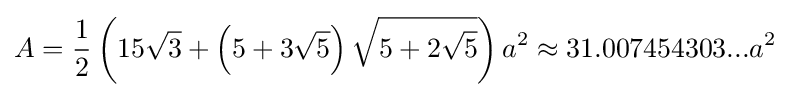
A={\frac {1}{2}}\left(15{\sqrt {3}}+\left(5+3{\sqrt {5}}\right){\sqrt {5+2{\sqrt {5}}}}\right)a^{2}\approx 31.007454303...a^{2}